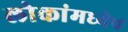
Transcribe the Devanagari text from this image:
लोकांमध्येच